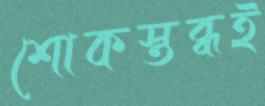
শোকস্তব্ধই